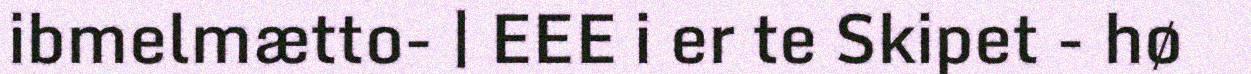
ibmelmætto- | EEE i er te Skipet - hø